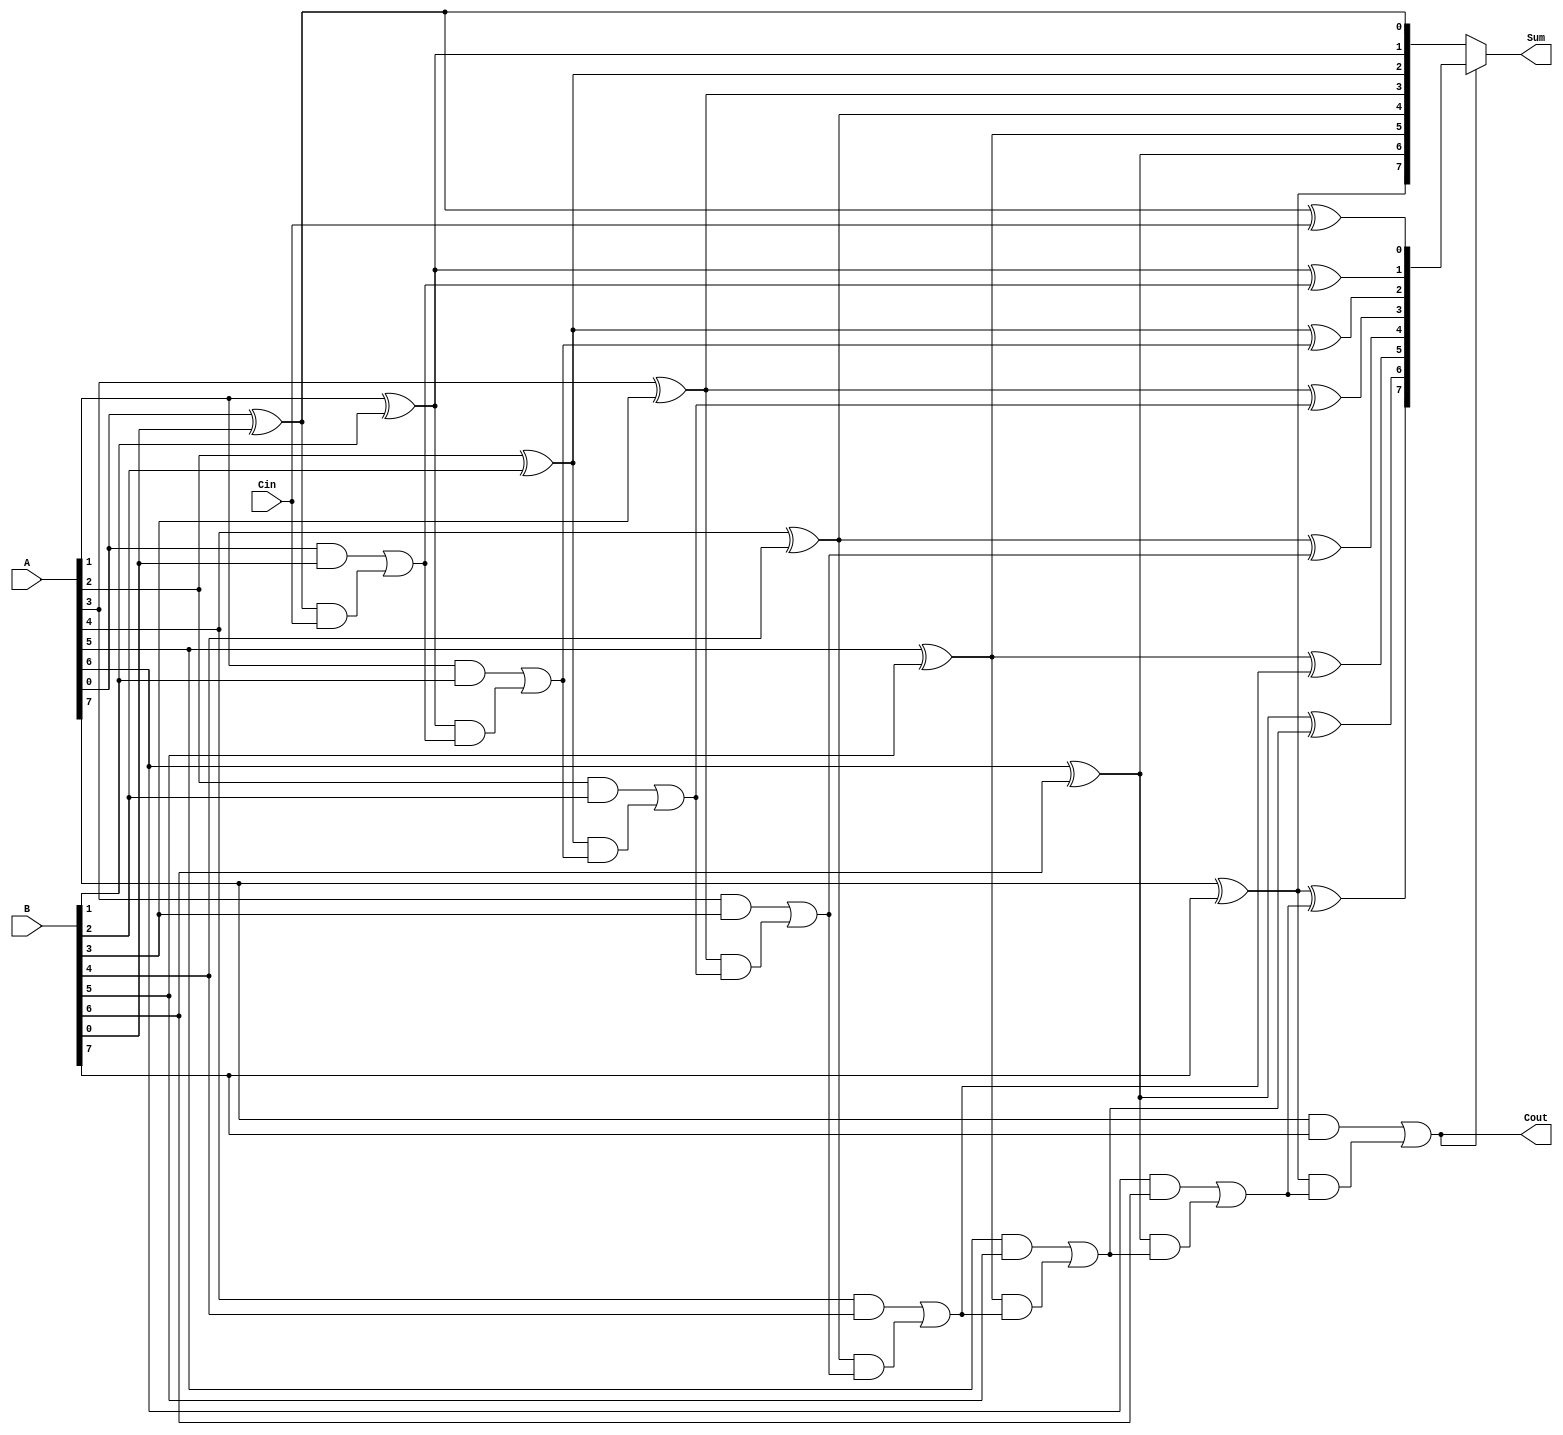
module conditional_sum_adder #(parameter N = 8) (
    input  wire [N-1:0] A,        // First n-bit input
    input  wire [N-1:0] B,        // Second n-bit input
    input  wire Cin,               // Carry-in
    output wire [N-1:0] Sum,       // n-bit sum output
    output wire Cout               // Carry-out
);

    wire [N-1:0] S0;              // Sum without carry
    wire [N-1:0] S1;              // Sum with carry
    wire [N-1:0] C1;              // Carry outputs

    // Generate Sum and Carry values
    genvar i;
    generate
        for (i = 0; i < N; i = i + 1) begin : CSA
            // Sum without carry
            assign S0[i] = A[i] ^ B[i]; // A[i] XOR B[i]
            // Sum with carry
            assign S1[i] = A[i] ^ B[i] ^ (i == 0 ? Cin : C1[i-1]); // A[i] XOR B[i] XOR Carry-In (or carry from previous stage)
            // Carry-out for the current bit
            assign C1[i] = (A[i] & B[i]) | ((A[i] ^ B[i]) & (i == 0 ? Cin : C1[i-1]));
        end
    endgenerate

    // Final sum selection based on carry propagation
    assign Sum = (C1[N-1] ? S1 : S0);
    assign Cout = C1[N-1]; // Final carry-out

endmodule